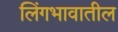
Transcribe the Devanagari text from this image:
लिंगभावातील